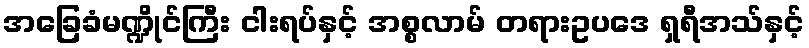
အခြေခံမဏ္ဍိုင်ကြီး ငါးရပ်နှင့် အစ္စလာမ် တရားဥပဒေ ရှရီအသ်နှင့်